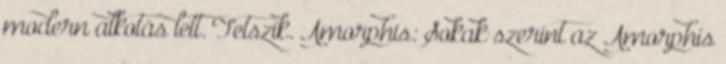
modern alkotás lett. Tetszik. Amorphis: Sokak szerint az Amorphis